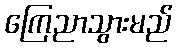
ကြေညာသွားမည်